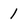
Character: 1